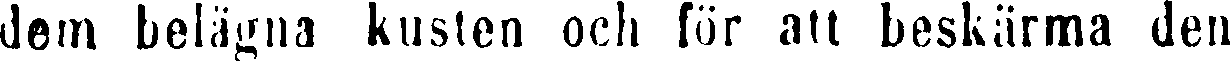
dem belägna kusten och för att beskärma den